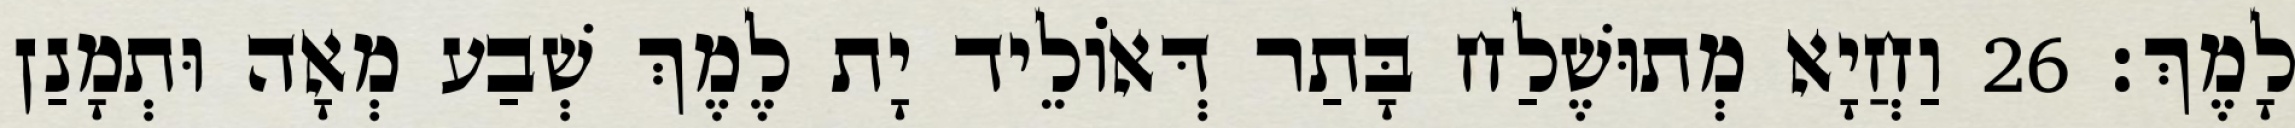
לָמֶךְ׃ 26 וַחֲיָא מְתוּשֶׁלַח בָּתַר דְּאוֹלֵיד יָת לֶמֶךְ שְׁבַע מְאָה וּתְמָנַן